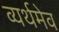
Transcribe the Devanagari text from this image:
व्यर्थमेव